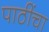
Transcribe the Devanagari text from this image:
पाठींचा